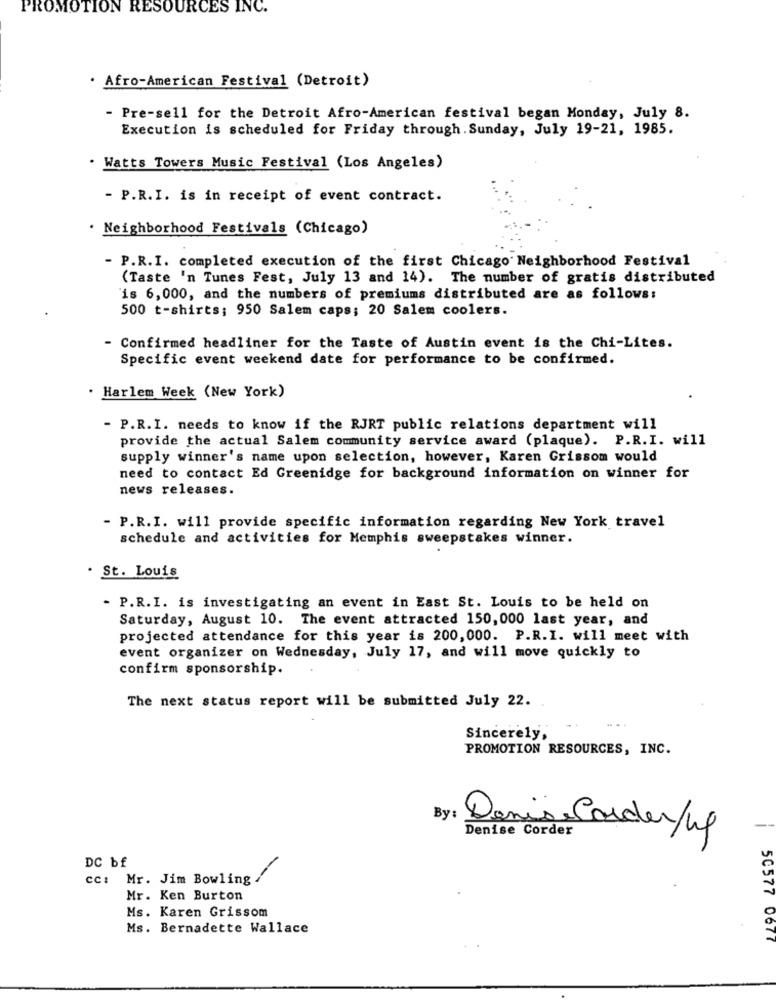
PROMOTION RESOURCES INC.
· Afro-American Festival (Detroit)
- Pre-sell for the Detroit Afro-American festival began Monday, July 8.
Execution is scheduled for Friday through. Sunday, July 19-21, 1985.
. Watts Towers Music Festival (Los Angeles)
- P.R.I. is in receipt of event contract.
Neighborhood Festivals (Chicago)
- P.R.I. completed execution of the first Chicago Neighborhood Festival
(Taste 'n Tunes Fest, July 13 and 14). The number of gratis distributed
is 6,000, and the numbers of premiums distributed are as follows:
500 t-shirts; 950 Salem caps; 20 Salem coolers.
- Confirmed headliner for the Taste of Austin event is the Chi-Lites.
Specific event weekend date for performance to be confirmed.
Harlem Week (New York)
- P.R.I. needs to know if the RJRT public relations department will
provide the actual Salem community service award (plaque). P.R.I. will
supply winner's name upon selection, however, Karen Grissom would
need to contact Ed Greenidge for background information on winner for
news releases.
- P.R.I. will provide specific information regarding New York travel
schedule and activities for Memphis sweepstakes winner.
. St. Louis
- P.R.I. is investigating an event in East St. Louis to be held on
Saturday, August 10. The event attracted 150,000 last year, and
projected attendance for this year is 200, 000. P.R.I. will meet with
event organizer on Wednesday, July 17, and will move quickly to
confirm sponsorship.
The next status report will be submitted July 22.
Sincerely,
PROMOTION RESOURCES, INC.
By:
Dania Carder/44
Denise Corder
DC bf
cc: Mr. Jim Bowling /
Mr. Ken Burton
Ms. Karen Grissom
Ms. Bernadette Wallace
50577 0677